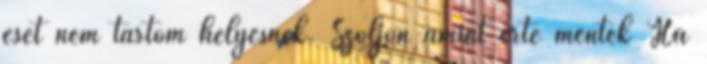
eset nem tartom helyesnek. Szóljon amint érte mentek Ha